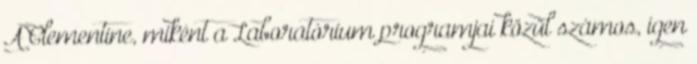
A Clementine, miként a Laboratórium programjai közül számos, igen